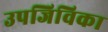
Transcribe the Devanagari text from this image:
उपजिविका